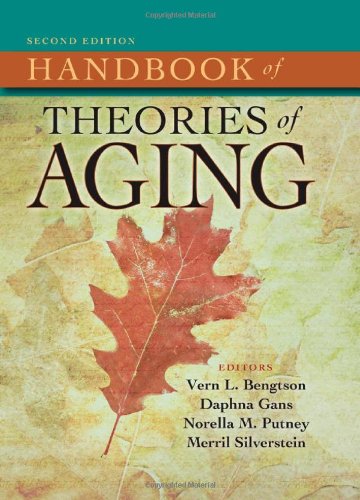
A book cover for Handbook of Theories of Aging, Second Edition; Politics & Social Sciences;